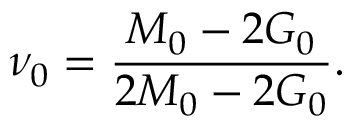
\nu _ { 0 } = \frac { M _ { 0 } - 2 G _ { 0 } } { 2 M _ { 0 } - 2 G _ { 0 } } .